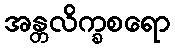
အန္တလိက္ခစရော